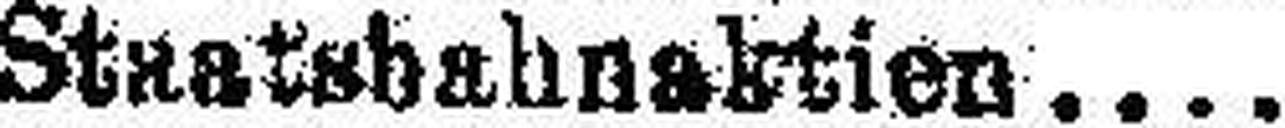
Staatsbahnaktien